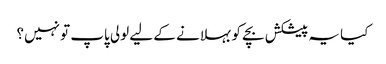
کیا یہ پیشکش بچے کو بہلانے کے لیے لولی پاپ تو نہیں؟